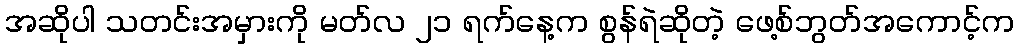
အဆိုပါ သတင်းအမှားကို မတ်လ ၂၁ ရက်နေ့က စွန်ရဲဆိုတဲ့ ဖေ့စ်ဘွတ်အကောင့်က